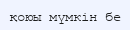
қоюы мүмкін бе